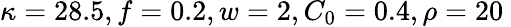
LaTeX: \kappa=28.5,f=0.2,w=2,C_{0}=0.4,\rho=20\